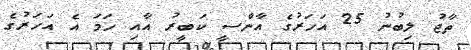
ތާޖު ލިބުނު 25 އަހަރުގެ އާންސީ ކަބީރު އާއި ހަމަ އެ އަހަރުގެ